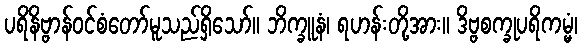
ပရိနိဗ္ဗာန်ဝင်စံတော်မူသည်ရှိသော်။ ဘိက္ခူနံ၊ ရဟန်းတို့အား။ ဒိဗ္ဗစက္ခုပရိကမ္မံ၊